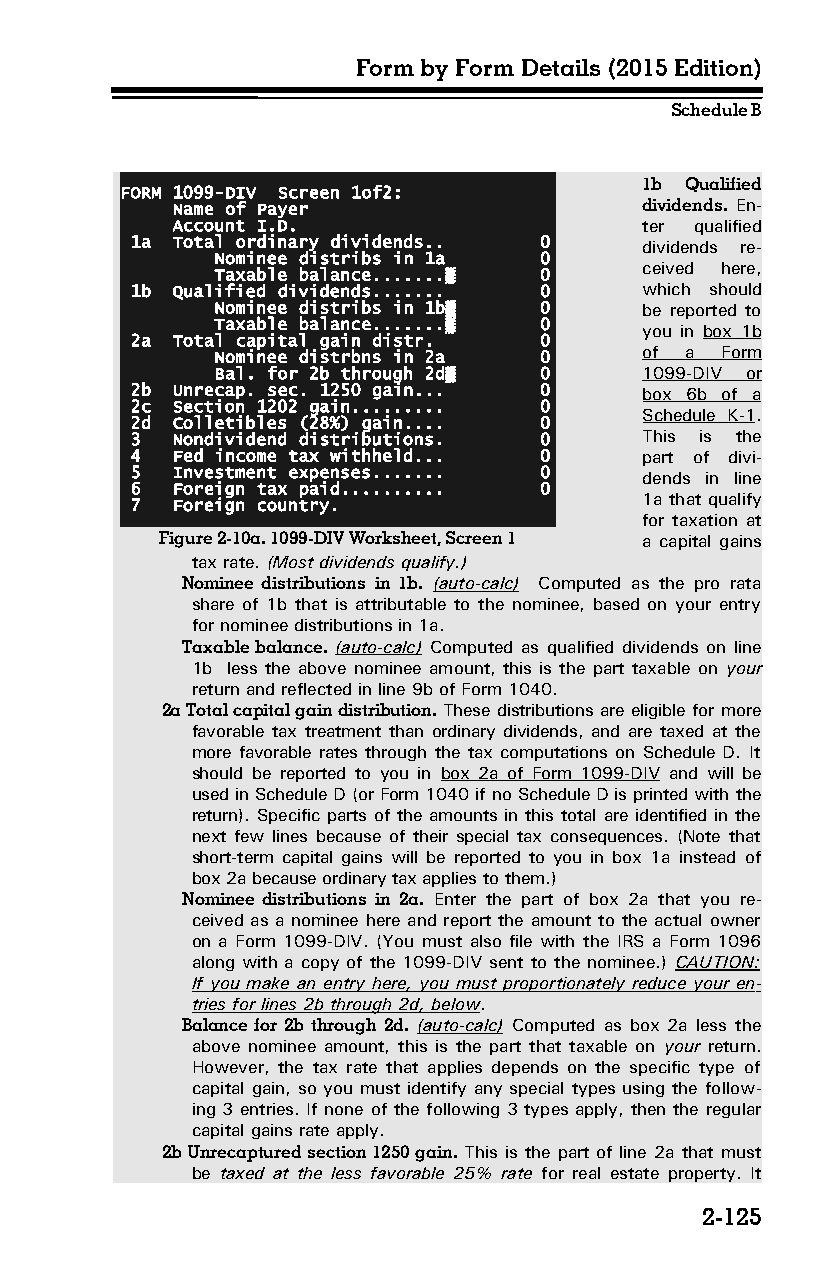
Form by Form Details (2015 Edition)
 Schedule B
 1b Qualified
 FORM 1099-DIV Screen 1of2:
 Name of Payer                  dividends. En­
 Account I.D.                   ter qualified
 1a Total ordinary dividends.. 0  dividends re­
 Nominee distribs in 1a 0
 ceived here,
 Taxable balance.......▒ 0
 1b Qualified dividends....... 0  which should
 Nominee distribs in 1b▒ 0   be reported to
 Taxable balance.......▒ 0
 you in box 1b
 2a Total capital gain distr. 0
 Nominee distrbns in 2a 0    of a  Form
 Bal. for 2b through 2d▒ 0   1099-DIV or
 2b Unrecap. sec. 1250 gain... 0  box 6b of a
 2c Section 1202 gain......... 0
 Schedule K-1.
 2d Colletibles (28%) gain.... 0
 3 Nondividend distributions. 0   This is the
 4 Fed income tax withheld... 0   part of divi­
 5 Investment expenses....... 0   dends in line
 6 Foreign tax paid.......... 0
 7 Foreign country.               1a that qualify
 for taxation at
 Figure 2-10a. 1099-DIV Worksheet, Screen 1 a capital gains
 tax rate. (Most dividends qualify.)
 Nominee distributions in 1b. (auto-calc) Computed as the pro rata
 share of 1b that is attributable to the nominee, based on your entry
 for nominee distributions in 1a.
 Taxable balance. (auto-calc) Computed as qualified dividends on line
 1b less the above nominee amount, this is the part taxable on your
 return and reflected in line 9b of Form 1040.
 2a Total capital gain distribution. These distributions are eligible for more
 favorable tax treatment than ordinary dividends, and are taxed at the
 more favorable rates through the tax computations on Schedule D. It
 should be reported to you in box 2a of Form 1099-DIV and will be
 used in Schedule D (or Form 1040 if no Schedule D is printed with the
 return). Specific parts of the amounts in this total are identified in the
 next few lines because of their special tax consequences. (Note that
 short-term capital gains will be reported to you in box 1a instead of
 box 2a because ordinary tax applies to them.)
 Nominee distributions in 2a. Enter the part of box 2a that you re­
 ceived as a nominee here and report the amount to the actual owner
 on a Form 1099-DIV. (You must also file with the IRS a Form 1096
 along with a copy of the 1099-DIV sent to the nominee.) CAUTION:
 If you make an entry here, you must proportionately reduce your en­
 tries for lines 2b through 2d, below.
 Balance for 2b through 2d. (auto-calc) Computed as box 2a less the
 above nominee amount, this is the part that taxable on your return.
 However, the tax rate that applies depends on the specific type of
 capital gain, so you must identify any special types using the follow­
 ing 3 entries. If none of the following 3 types apply, then the regular
 capital gains rate apply.
 2b Unrecaptured section 1250 gain. This is the part of line 2a that must
 be taxed at the less favorable 25% rate for real estate property. It
 2-125